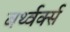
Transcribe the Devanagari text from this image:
बर्थ्वर्क्स